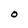
Character: O